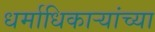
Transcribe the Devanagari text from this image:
धर्माधिकाऱ्यांच्या